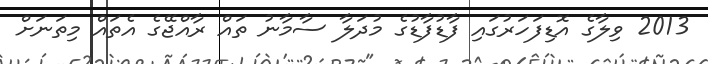
2013 ވިލާގެ އޮޑިފަހަރުގައި ފާޑުފާޑުގެ މުދަލާ ސާމާނު ތައް ރާއްޖޭގެ އެތައް މިތަނަށް